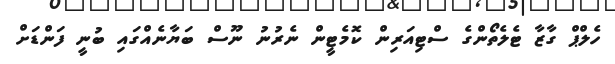
ހެލްޕް ގާޒާ ޓެލެތޯންގެ ސްޓިއަރިން ކޮމެޓީން ނެރުނު ނޫސް ބަޔާނެއްގައި ބުނީ ފަންޑަށް